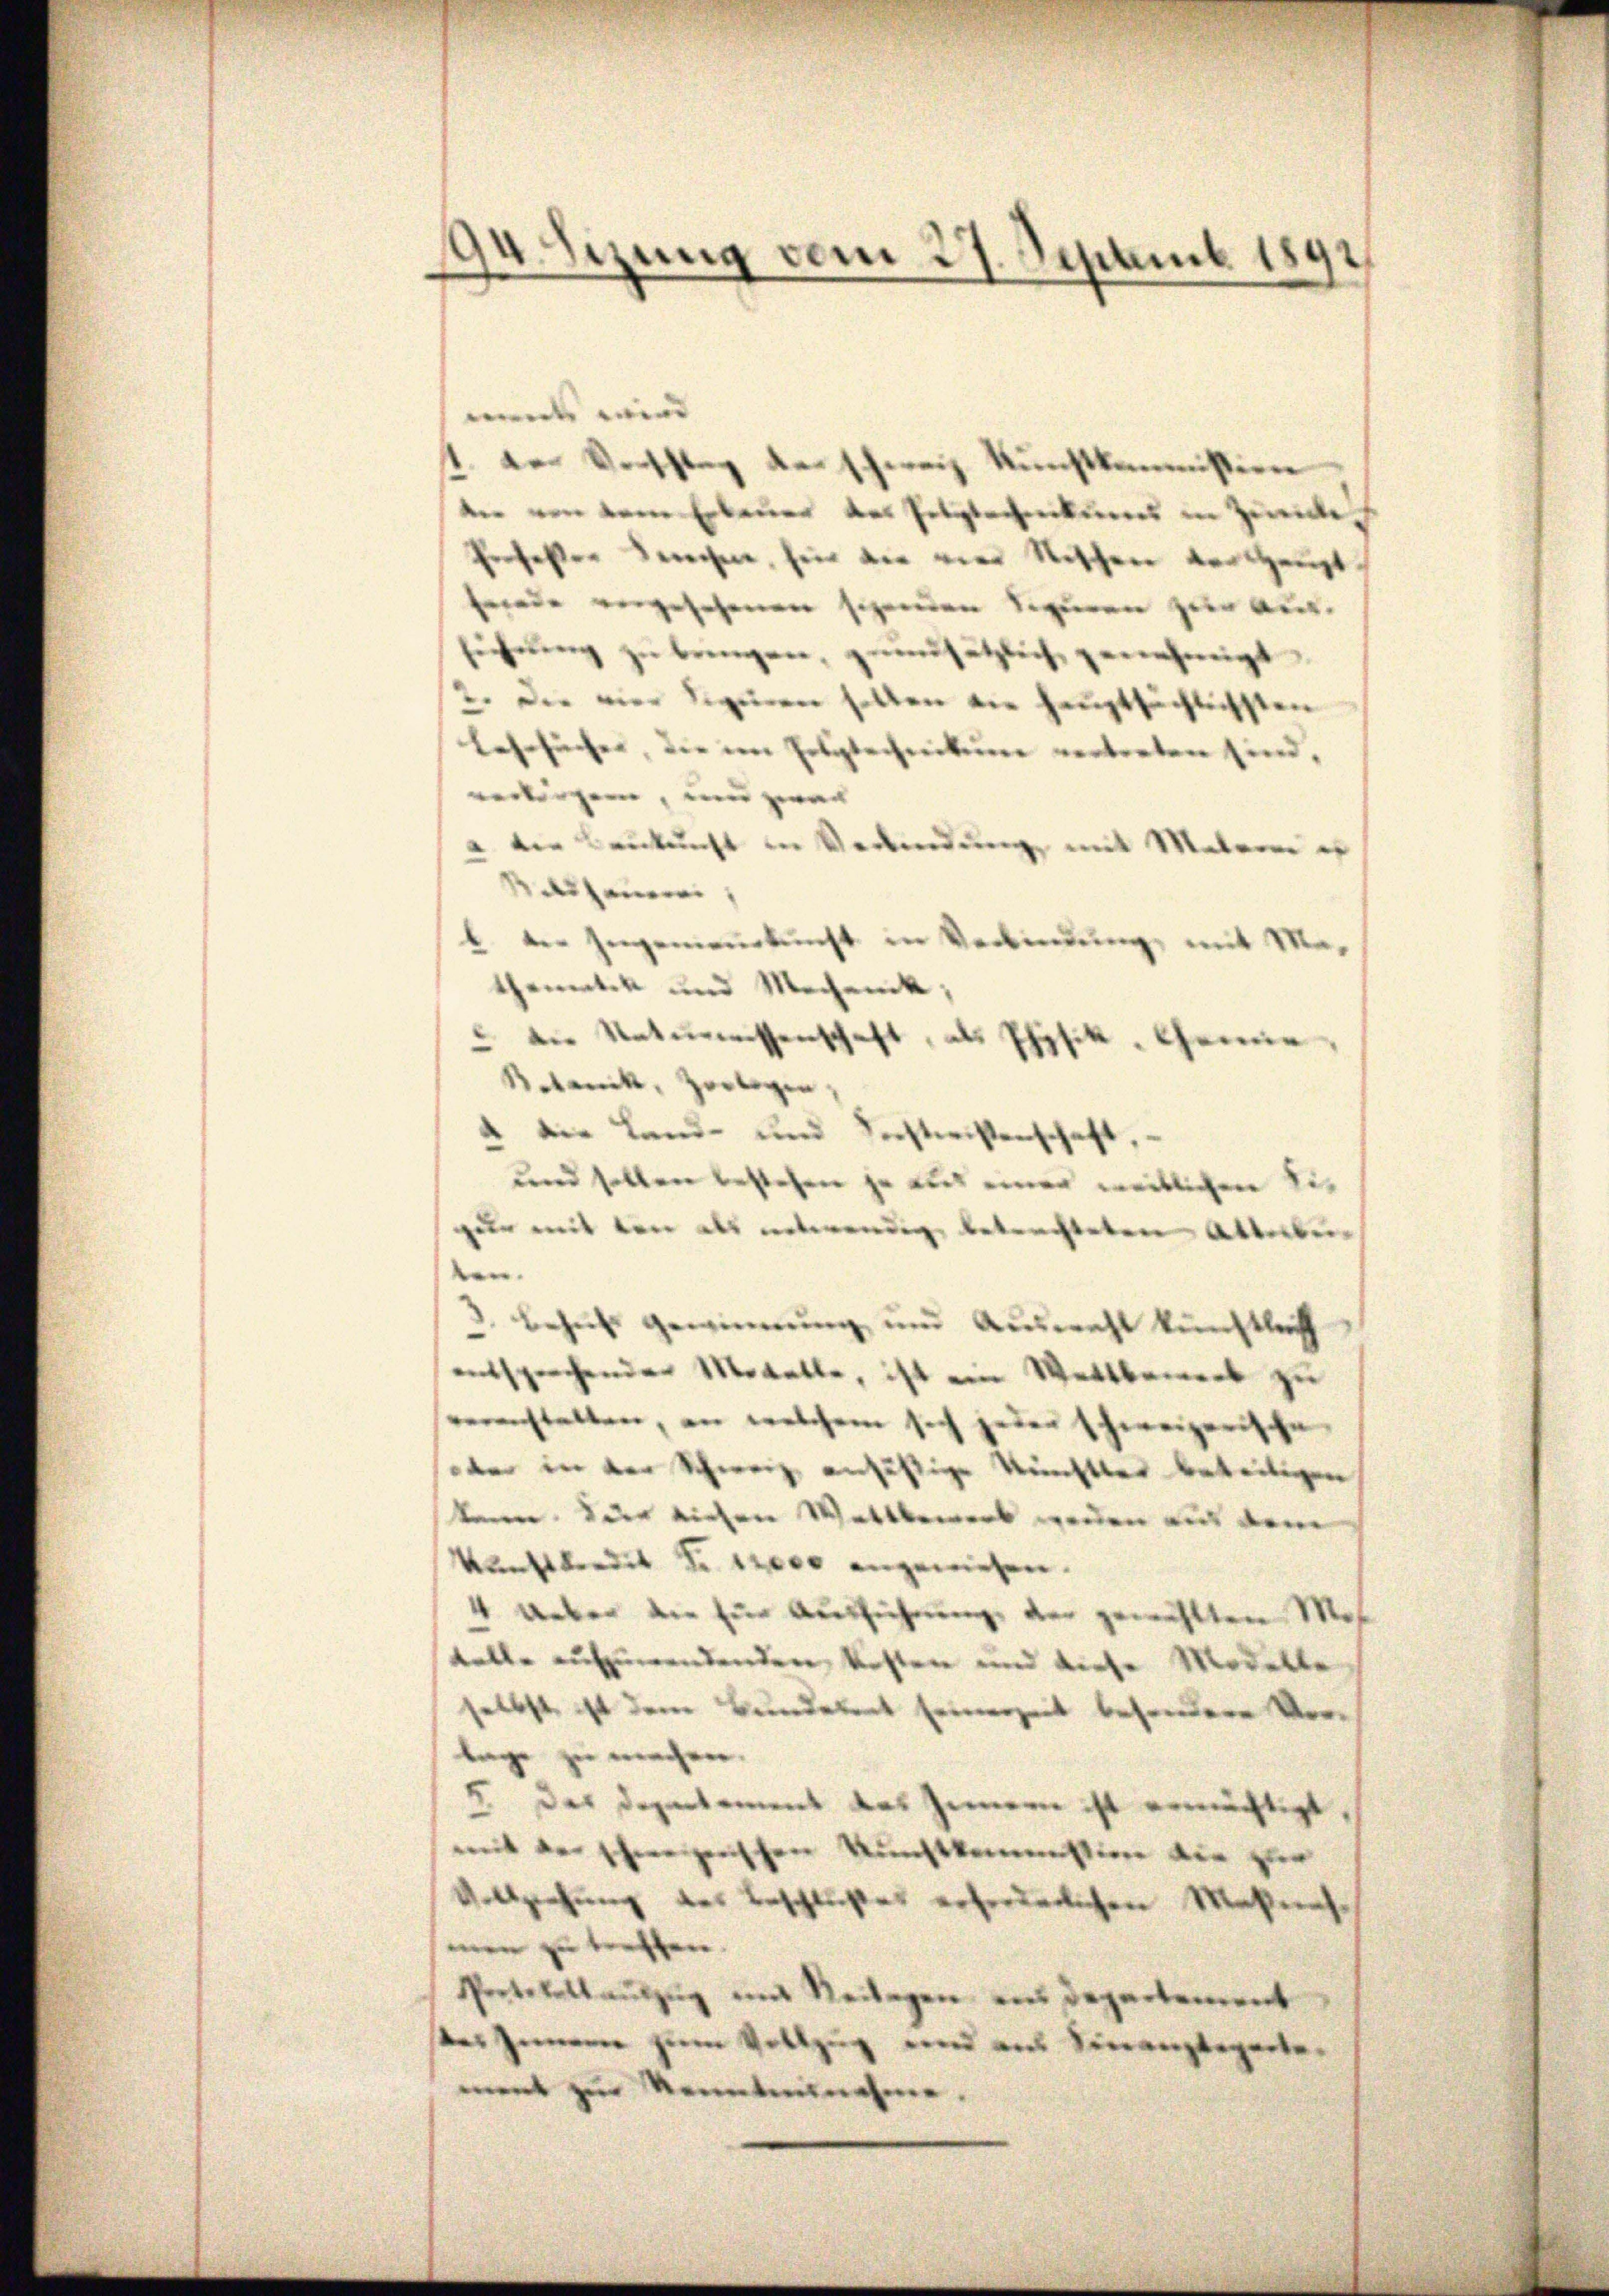
94. Sezung vom 27. Septemb. 1891
e

n wir |
der Verschlag der schweiz. Kunstkommission
e
in Erbauer des Polytechnikums in Zurücke
er Kirchen, für die vier Nischen verhaupt
nade angesehenen sehenden Seien zur Aufing zŭ bringen, geansetzlich genehmigt
2. Der vier Siginen hatten die Hauptsächlichsten
Lehrfächer, die im Erbgtechnikum vertreten sind.
verlängern, und zwar |
" die Baukunft in Ordindung mit Marie es
diene
b. der Ingemeinekŭnft in Verbindŭng mit Ma
thematik und Mechanik;
 die Naturessenschaft, als Physik, Gene¬
Robank, Zerlegen,
4 die Land- und Sechtwissenschaf
und sollen bestehen ja aus einer weitlichen Sie
zur mit den als notwendig betrachteten Alterbun
Behŭfs gewinnung und Auswahl künstlich
entsprechenden Modelle, ist ein Wettbemerk zu
eanstalten, an welchem sich jeder schweizerisch
dee in der Schwarz ansäßige Rechtler bereitigen
kann. Der richen Wattbewerk werden aus dem
kunftberdit Fr. 12000 angewiesen.
4 Ueber die für Ausführung der gewählten Mi
telle aufzuwendenden Kosten und diese Modelle
selbst ist dem Bundetent seinerzeit besondern
lage
I des Departement des Innern ist ermächtigt
mit der schweizenschen Kunstkassion die
v.Asehung
eschlußes erforderlichen Maßnah

Protokoll aus
wegen an Departement
das Gemein |
 und auch einanzeigerte
d
ternehme.